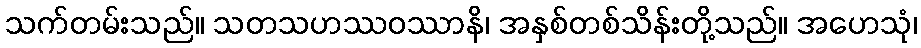
သက်တမ်းသည်။ သတသဟဿဝဿာနိ၊ အနှစ်တစ်သိန်းတို့သည်။ အဟေသုံ၊